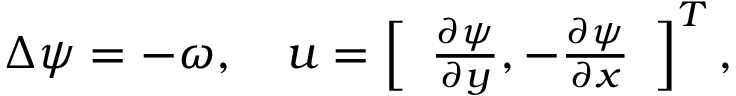
\Delta \psi = - \omega , \quad \boldsymbol { u } = \left[ \begin{array} { l } { \frac { \partial \psi } { \partial y } , - \frac { \partial \psi } { \partial x } } \end{array} \right] ^ { T } ,